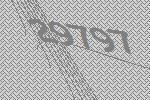
29797